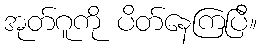
အုတ်ဂူကို ပိတ်နေကြပြီ။